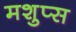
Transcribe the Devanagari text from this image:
मशुप्स